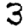
Digit: 3